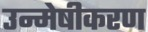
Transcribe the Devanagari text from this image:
उन्मेषीकरण